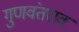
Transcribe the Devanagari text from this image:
गुणवंतराव